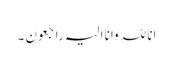
انا للہ وانا الیہ راجعون ۔